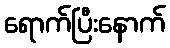
ရောက်ပြီးနောက်